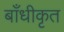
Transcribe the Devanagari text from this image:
बाँधीकृत